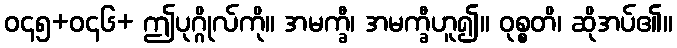
ဝ၄၅+ဝ၄၆+ ဤပုဂ္ဂိုလ်ကို။ အမက္ခီ၊ အမက္ခီဟူ၍။ ဝုစ္စတိ၊ ဆိုအပ်၏။